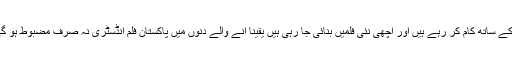
انہوں نے کہا کہ پچھلے کچھ عرصے سے تمام فنکار محنت کے ساتھ کام کر رہے ہیں اور اچھی نئی فلمیں بنائی جا رہی ہیں یقینا آنے والے دنوں میں پاکستان فلم انڈسٹری نہ صرف مضبوط ہو گی بلکہ پہلے کی طرح فلمی اسٹوڈیوز میں بھی رونق آئے گی ۔